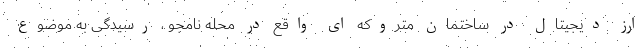
ارز دیجیتال در ساختمان متروکه ای واقع در محله نامجو ، رسیدگی به موضوع